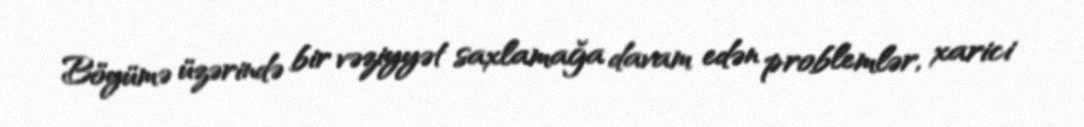
Böyümə üzərində bir vəziyyət saxlamağa davam edən problemlər, xarici